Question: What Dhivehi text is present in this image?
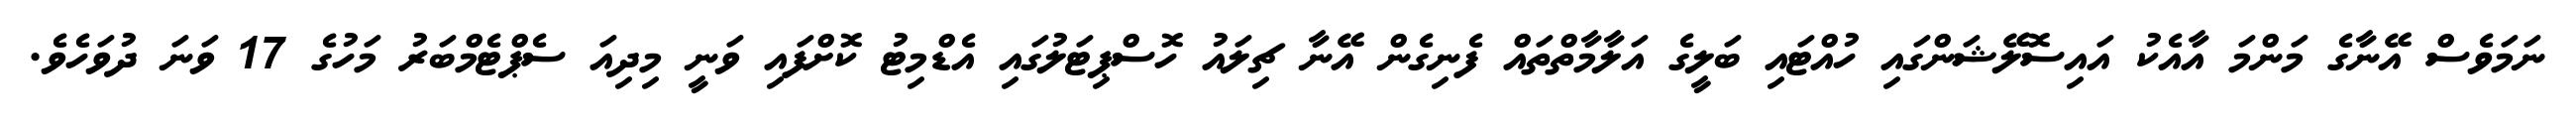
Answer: ނަމަވެސް އޭނާގެ މަންމަ އާއެކު އައިސޮލޭޝަންގައި ހުއްޓައި ބަލީގެ އަލާމާތްތައް ފެނިގެން އޭނާ ޗިލައު ހޮސްޕިޓަލުގައި އެޑްމިޓު ކޮށްފައި ވަނީ މިދިއަ ސެޕްޓެމްބަރު މަހުގެ 17 ވަނަ ދުވަހެވެ.